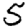
Digit: 5